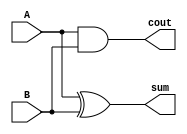
module halfadder(A, B, cout, sum);
    input A, B;             // bits to add
    output cout, sum;       // carry out and summation

    assign sum = A ^ B;     // calculate the sum
    assign cout = A & B;    // calculate carry out

endmodule

module fulladder(A, B, cin, cout, sum);
    input A, B, cin;        // bits to add, A, B and carry in
    output cout, sum;       // carry out and summation

    wire cout_a;            // carry out for A, used to calculate final carry out
    wire sum_a;             // summation for A, goes to A bit for 2nd half adder
    wire cout_b;            // carry out for B, used to calculate final carry out
    wire sum_b;             // summation for B, used to calculte final sum

    halfadder ha_a(A,     B,   cout_a, sum_a);        // set up first half adder
    halfadder ha_b(sum_a, cin, cout_b, sum_b);  // set up second half adder

    assign cout = cout_a | cout_b;  // calculate carry out
    assign sum = sum_b;             // calculate sum

endmodule

module fourbitadder(A, B, cin, cout, sum);
    input [3:0] A, B;   // 4 bit inputs A and B
    input cin;          // carry in
    output cout;        // carry out
    output [3:0] sum;   // 4 bit summation

    wire cout_a;        // carry out for full adder a, goes to carry in for full adder b
    wire cout_b;        // carry out for full adder b, goes to carry in for full adder c
    wire cout_c;        // carry out for full adder c, goes to carry in for full adder d

    // set up all 4 full adders, cascading into each other
    fulladder fa_a(A[0], B[0], cin,    cout_a, sum[0]);
    fulladder fa_b(A[1], B[1], cout_a, cout_b, sum[1]);
    fulladder fa_c(A[2], B[2], cout_b, cout_c, sum[2]);
    fulladder fa_d(A[3], B[3], cout_c, cout,   sum[3]);

endmodule

module sixteenbitadder(A, B, cin, cout, sum);
    input [15:0] A, B;  // 16 bit inputs A and B
    input cin;          // carry in
    output cout;        // carry out
    output [15:0] sum;  // 16 bit summation

    wire cout_a;        // carry out for 4-bit adder a, goes to carry in for 4-bit adder b
    wire cout_b;        // carry out for 4-bit adder b, goes to carry in for 4-bit adder c
    wire cout_c;        // carry out for 4-bit adder c, goes to carry in for 4-bit adder d

    // set up all 4-bit adders, cascading into each other
    fourbitadder fb_a(A[3:0],   B[3:0],   cin,    cout_a, sum[3:0]);
    fourbitadder fb_b(A[7:4],   B[7:4],   cout_a, cout_b, sum[7:4]);
    fourbitadder fb_c(A[11:8],  B[11:8],  cout_b, cout_c, sum[11:8]);
    fourbitadder fb_d(A[15:12], B[15:12], cout_c, cout,   sum[15:12]);

endmodule

module thirtytwobitadder(A, B, cin, cout, sum);
    input [31:0] A, B;  // 32 bit inputs A and B
    input cin;          // carry in
    output cout;        // carry out
    output [31:0] sum;  // 32 bit summation

    wire cout_a;        // carry out for 16-bit adder a, goes to carry in for 16-bit adder b

    // set up all 16-bit adders, cascading into each other
    sixteenbitadder sb_a(A[15:0],  B[15:0],  cin,    cout_a, sum[15:0]);
    sixteenbitadder sb_b(A[31:16], B[31:16], cout_a, cout,   sum[31:16]);
endmodule

module sixtyfourbitadder(A, B, cout, ovr, sum);
    input [63:0] A, B;  // 64 bit inputs A and B
    output cout;        // carry out
    output ovr;         // overflow
    output [63:0] sum;  // 64 bit summation

    wire cout_a;

    thirtytwobitadder tt_a(A[31:0],  B[31:0],  1'b0,   cout_a, sum[31:0]);
    thirtytwobitadder tt_b(A[63:32], B[63:32], cout_a, cout,   sum[63:32]);
    
    assign ovr = ((~sum[63]) & A[63] & B[63])|(sum[63] & (~A[63]) & (~B[63]));
endmodule